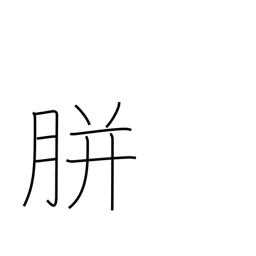
Meaning: corn